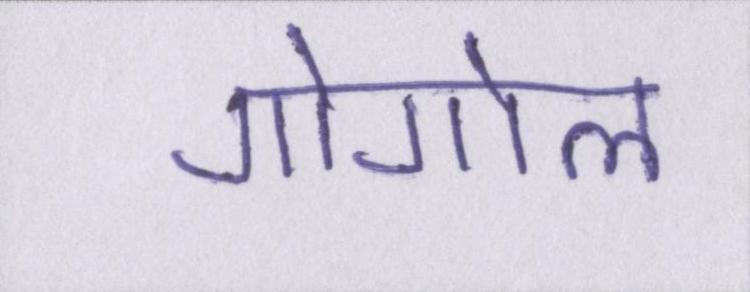
गोगोल